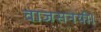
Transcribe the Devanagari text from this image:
वाजसनेयी।